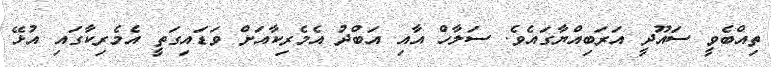
ތިއްބެވީ ސައޫދީ އަރަބިއްޔާގައެވެ. ސަލާހް އާއި އަބްދު އެމެރިކާއަށް ވަޑައިގަތީ އެމެރިކާގައި އުޅޭ